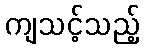
ကျသင့်သည့်